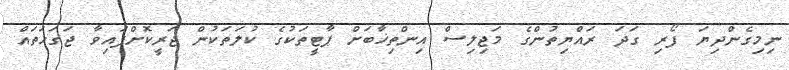
ނިމިގެންދިޔަ ފޯރި ގަދަ ރައްޔިތުންގެ މަޖިލިސް އިންތިޚާބަށް ޕާޓީތަކުގެ ކުލަތަކުން ޖަރީކޮށްފައިވާ ޖަގަހަތައް